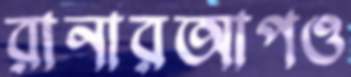
রানারআপও